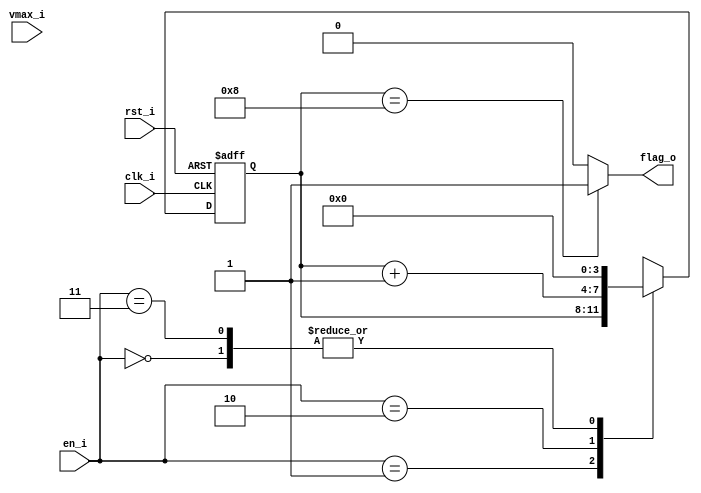
// Name: counter_w.v
//
// Description: Contador descendente utilizado para contar los 25 ciclos de dclk.

module counter_rx #(
  parameter Width = 4
) (
  input              rst_i,
  input              clk_i,
  input        [1:0] en_i,
  input  [Width-1:0] vmax_i,  
  output             flag_o
);

  reg [Width-1:0] mux_d, reg_q;

  always @(en_i, reg_q) begin
    case (en_i)
      2'b00   : mux_d = 0;
      2'b01   : mux_d = reg_q;
      2'b10   : mux_d = reg_q + 1;
      2'b11   : mux_d = 0;
      default : mux_d = reg_q;
    endcase
  end
  
  always @(posedge clk_i, posedge rst_i) begin
    if (rst_i)
      reg_q <= 0;
    else
      reg_q <= mux_d;
  end

  assign flag_o = (reg_q == 4'd8) ? 1'b1 : 1'b0;
  
endmodule